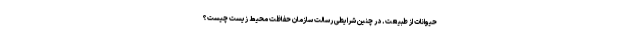
حیوانات از طبیعت. در چنین شرایطی رسالت سازمان حفاظت محیط زیست چیست؟